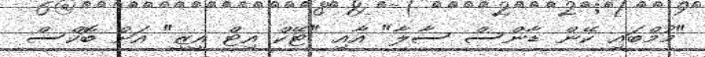
"މުމްބައި ކޭން ޑާންސް ސާލާ" އާއި "ޓޭކް އިޓް އީޒީ" އަށް ބޮކްސް